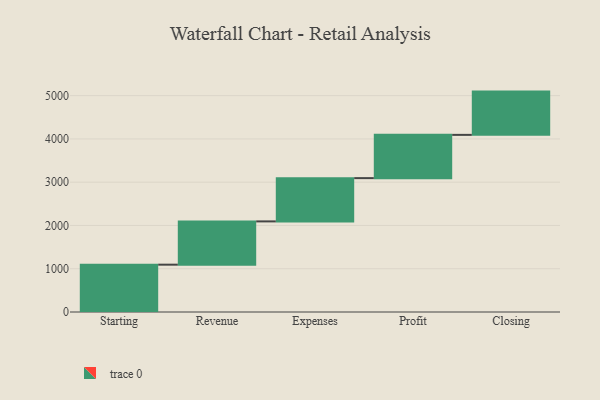
{"axis": {"x": "Step", "y": "Value"}, "legend": [""], "data": [{"x": "Starting", "y": 1094.0, "type": ""}, {"x": "Revenue", "y": 1000, "type": ""}, {"x": "Expenses", "y": 1000, "type": ""}, {"x": "Profit", "y": 1000, "type": ""}, {"x": "Closing", "y": 1000, "type": ""}]}